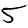
Digit: 5